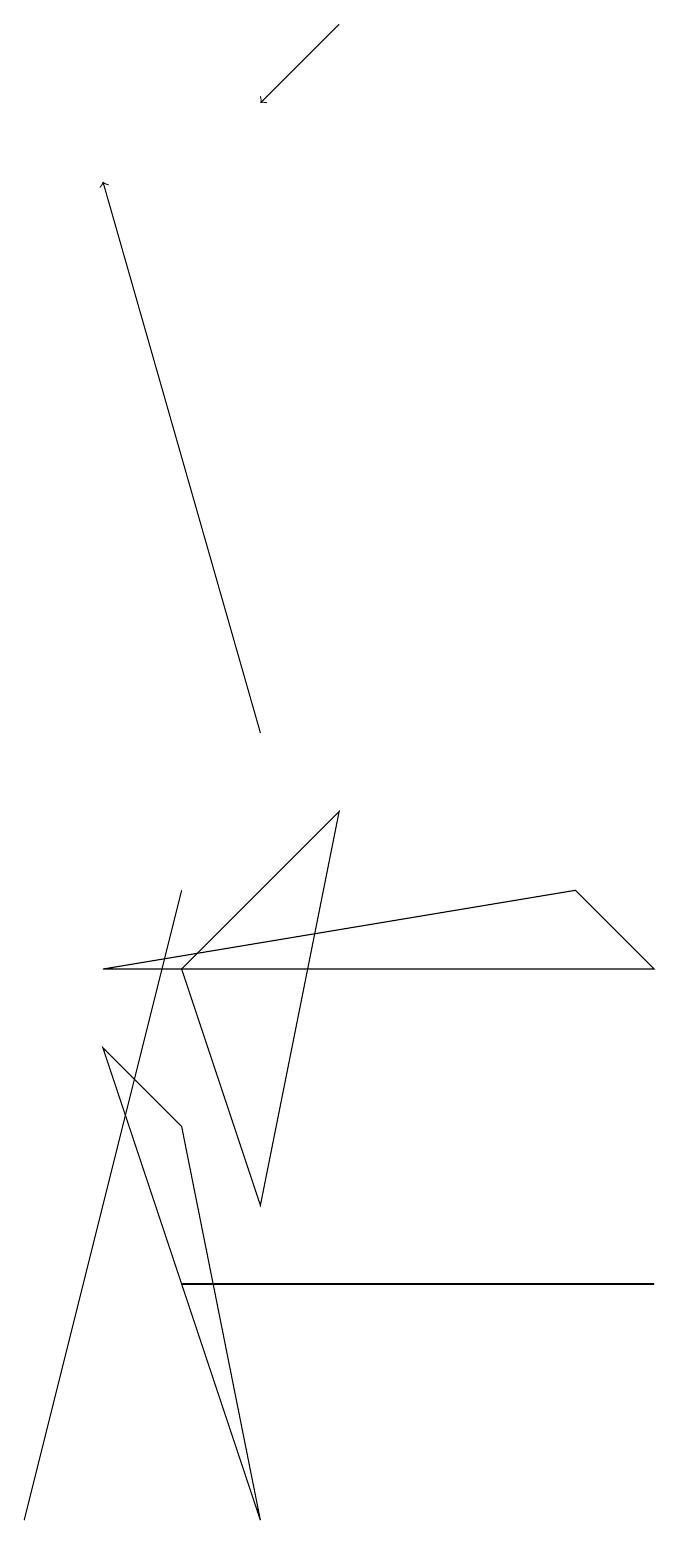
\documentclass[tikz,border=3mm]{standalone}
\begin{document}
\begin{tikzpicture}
\draw (1,6) -- (2,5) -- (3,0) -- cycle;
\draw[->] (4,19) -- (3,18);
\draw (7,8) -- (8,7) -- (1,7) -- cycle;
\draw (3,4) -- (2,7) -- (4,9) -- cycle;
\draw[->] (3,10) -- (1,17);
\draw (0,0) -- (2,8) -- (0,0) -- cycle;
\draw (7,3) -- (8,3) -- (2,3) -- cycle;
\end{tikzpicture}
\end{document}